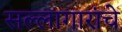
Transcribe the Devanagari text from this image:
सल्लागारांचे